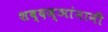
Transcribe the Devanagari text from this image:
शब्दज्ञांनानी